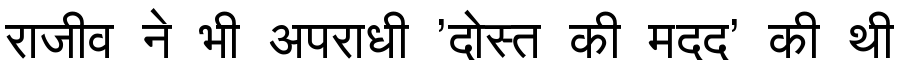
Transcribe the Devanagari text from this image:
राजीव ने भी अपराधी 'दोस्त की मदद' की थी